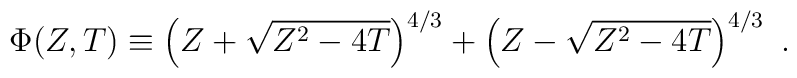
\Phi(Z,T) \equiv \left(Z+\sqrt{Z^2-4T}\right)^{4/ 3}  +\left(Z-\sqrt{Z^2-4T}\right)^{4/ 3}\ .